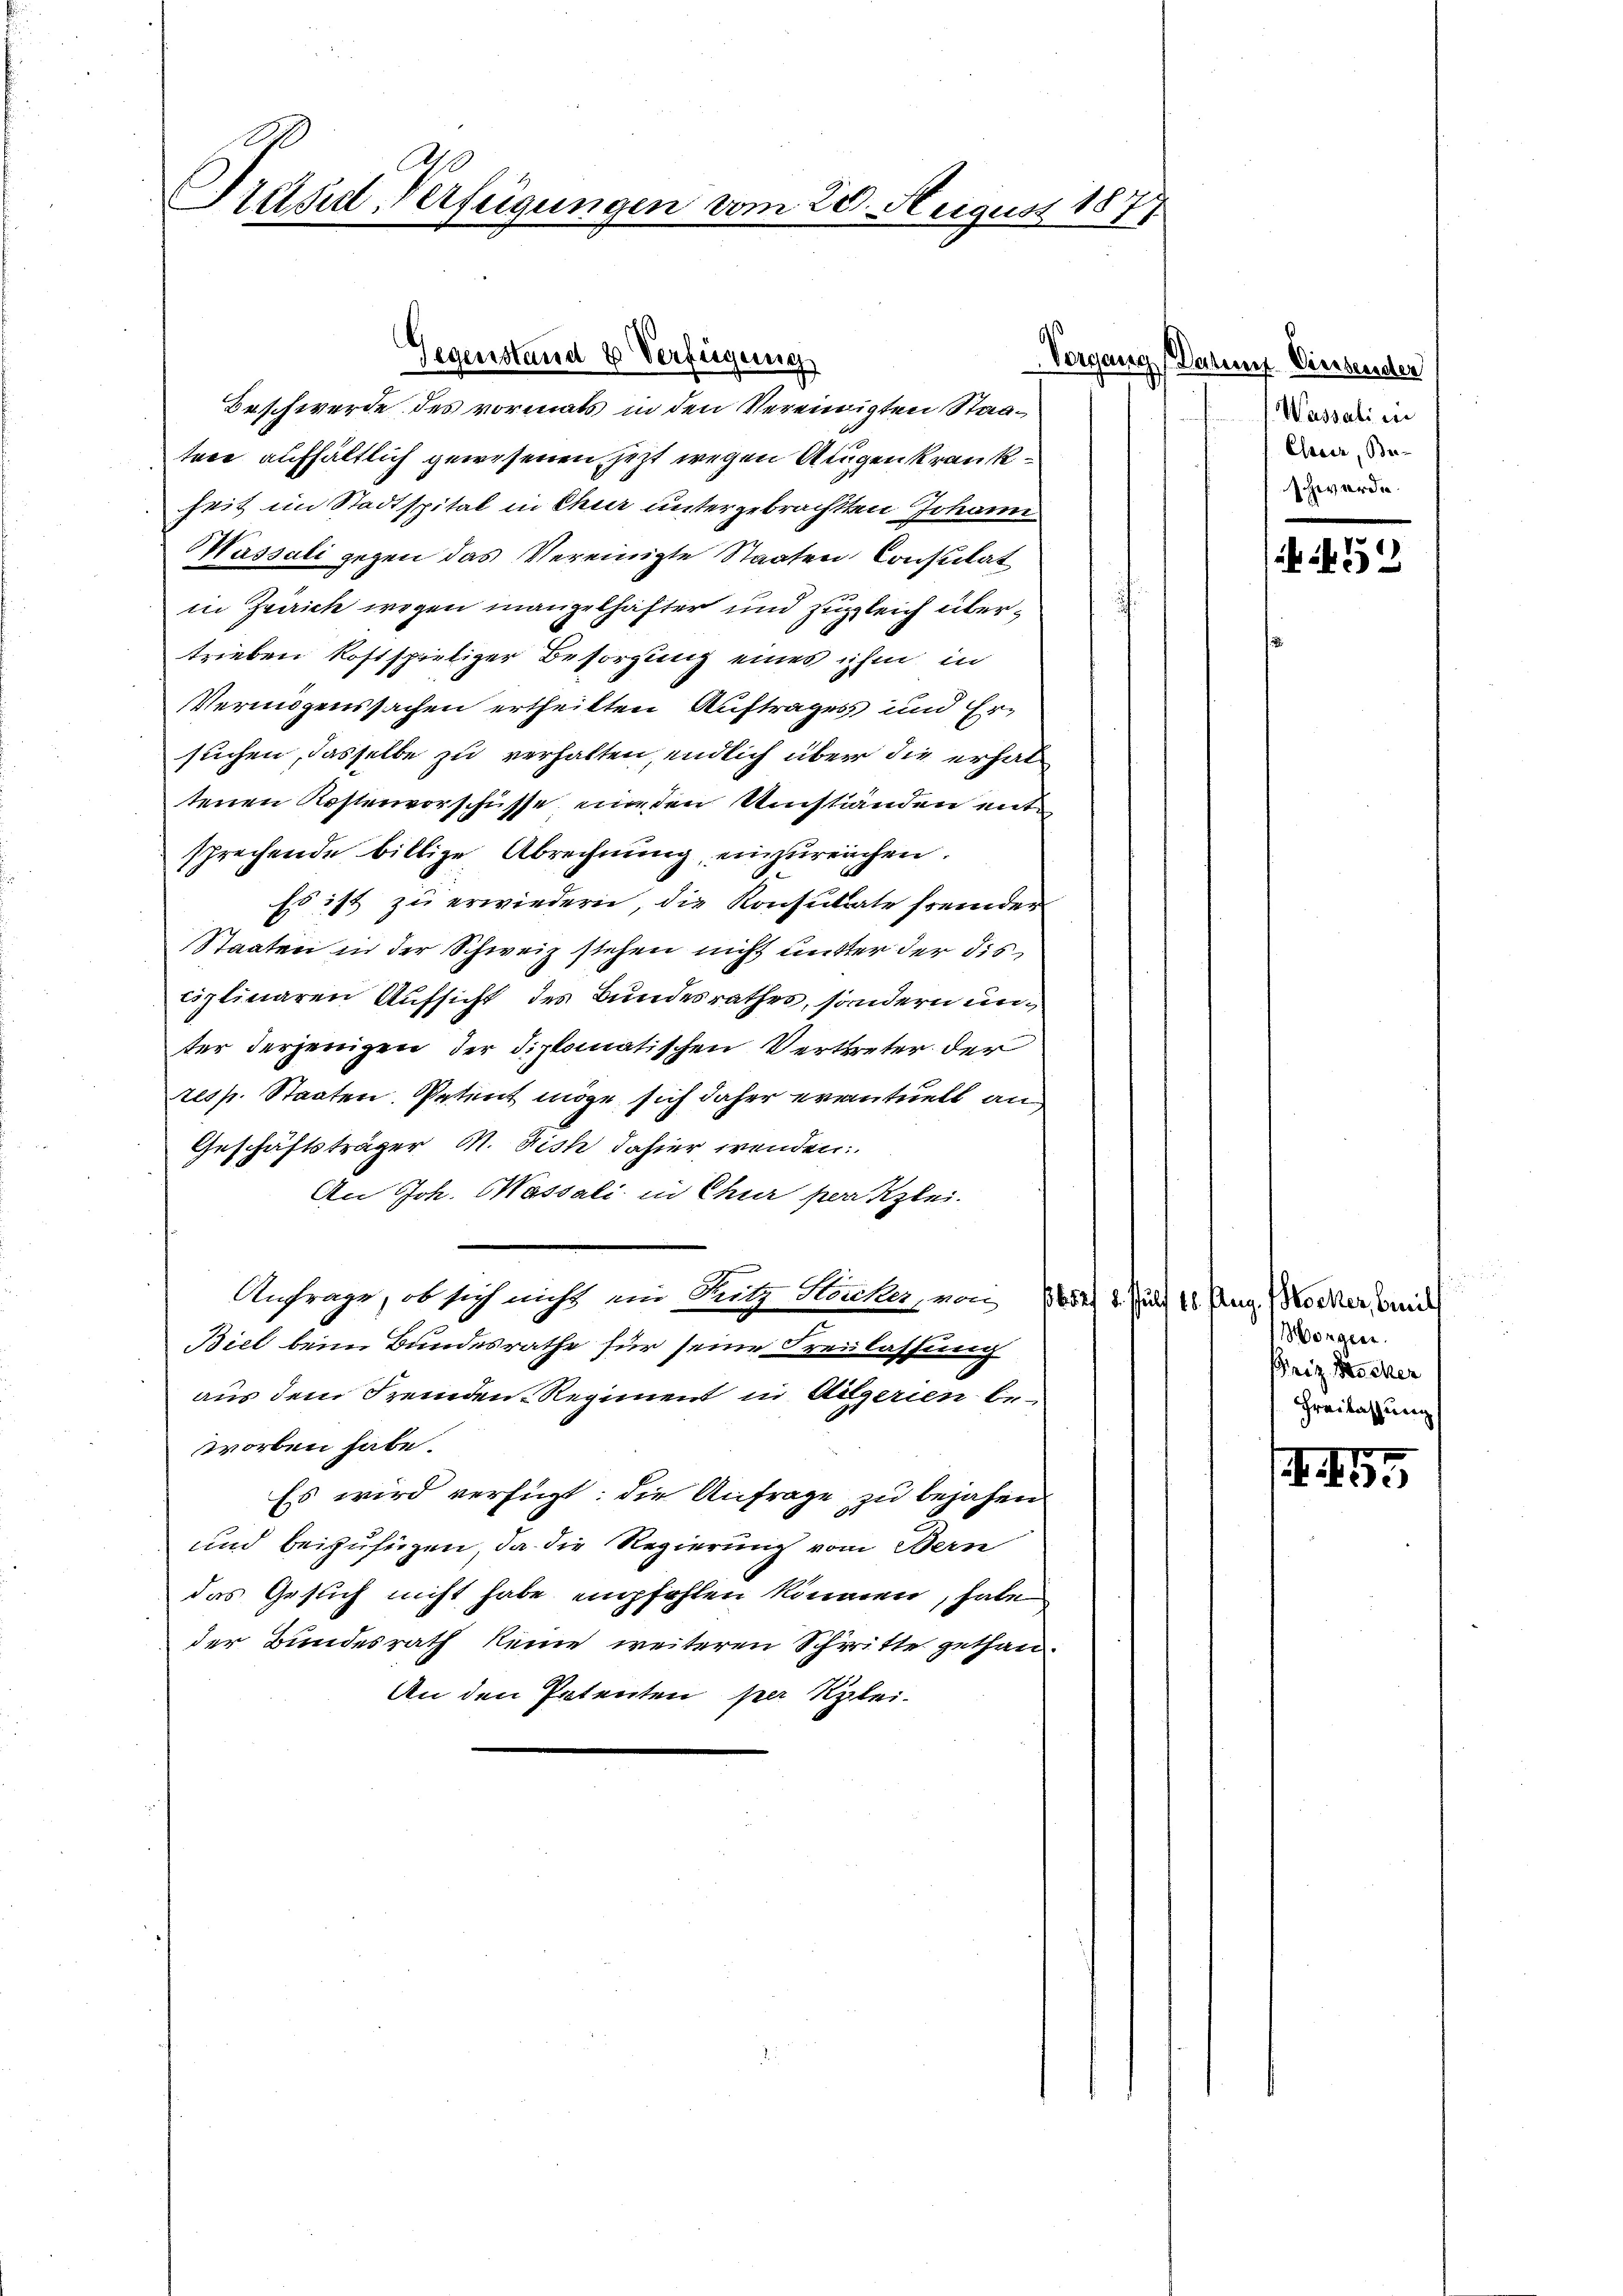
Pretfal-Verfügungen vom 20. August 1877

Gegenstand & Verfügung

Beschwerde des vormals in den Vereinigten Staatere aufhältlich gewesenen jetzt wegen Augenkrankheit im Stadtspital in Chur untergebrachten Johann
Massali gegen das Vereinigte Staaten Constitat
in Pririch wegen mangelhafter und zugleich übertrieben kostspieliger Besorgung eines ihm in
Vermögenssachen ertheilten Auftrages und Ersuchen, dasselbe zu verhalten, endlich über die erhaltenen Kostenvorschüsse ein den Umständen entsprechende billige Abrechnung, einzureichen.
Es ist zu erwiedern, die Konsultate fremder
Staaten in der Schweiz stehen nicht mutter der dis
ciplinaren Aufsicht des Bundesrathes, sondern unter derjenigen der diplomatischen Vertreter der
resp. Staaten. Petent möge sich daher eventuell an
Geschäftsträger M. Fish dahier wenden:
An Joh. Massali in Chur peritzlei-
Anfrage, ob sich nicht ein Pritz Heuches, von 1654 1. Juli 16. Aug. Nocker sich
Biel beim Bundesrathe für seine Freilassung
aus dem Fremden-Regiment in Vilgerien be-
worben habe.
Es wird verfügt: die Anfrage zu bejahen.
und beizufügen, da die Regierung vom Bern
das Gesuch nicht habe empfehlen können, habe
der Bundesrath keine weiteren Schritte gethan.
An den Petenten per Klei-

Vorgang Datum Diessender
Wassali in
Chrace, Be-
schwerde.

52

Morgen.
Friz Pocker
Freilassung

1
Abe